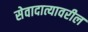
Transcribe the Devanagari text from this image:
सेवादात्यावरील